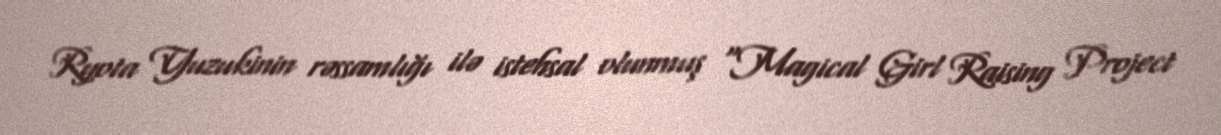
Ryota Yuzukinin rəssamlığı ilə istehsal olunmuş "Magical Girl Raising Project